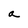
Character: a